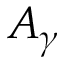
A _ { \gamma }